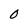
Character: 0